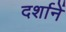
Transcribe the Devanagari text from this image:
दर्शानें